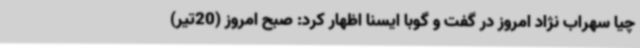
چیا سهراب نژاد امروز در گفت و گوبا ایسنا اظهار کرد: صبح امروز (20تیر)